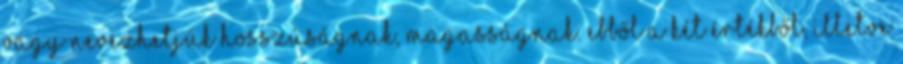
vagy nevezhetjük hosszúságnak, magasságnak. Ebből a két értékből, illetve